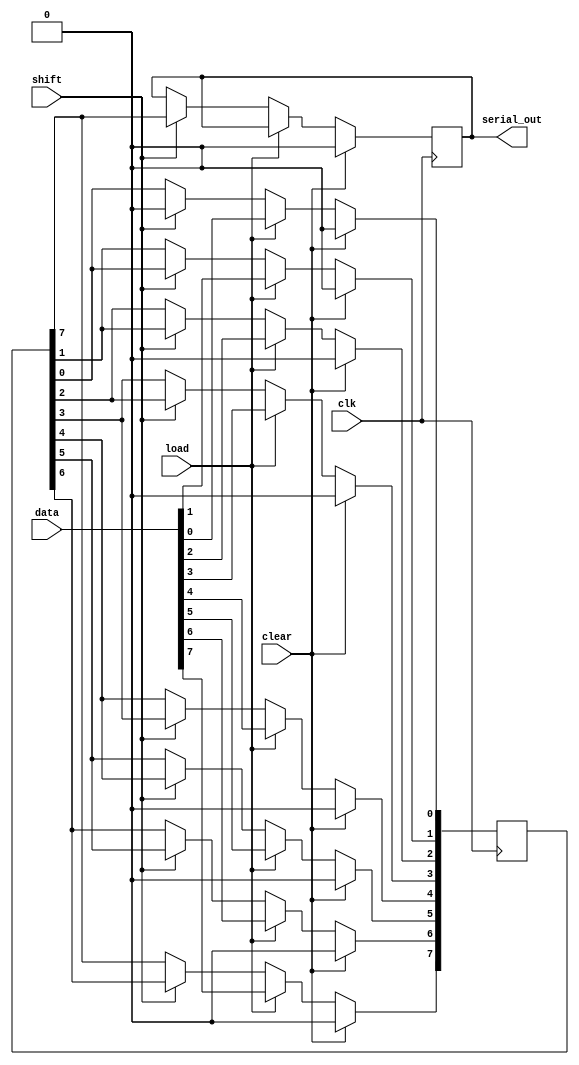
module PISO_Register #(
    parameter N = 8  // Number of bits in the register
)(
    input wire clk,          // Clock input
    input wire load,         // Load control signal
    input wire shift,        // Shift control signal
    input wire clear,        // Clear control signal
    input wire [N-1:0] data, // Parallel input data
    output reg serial_out     // Serial output
);

    reg [N-1:0] input_reg;   // Input register to hold parallel data
    reg [N-1:0] shift_reg;   // Shift register to hold data during shifting
    integer i;               // Loop variable

    // Sequential logic for loading, shifting, and clearing
    always @(posedge clk) begin
        if (clear) begin
            // Clear all registers
            input_reg <= 0;
            shift_reg <= 0;
            serial_out <= 0;
        end else if (load) begin
            // Load data into the input register
            input_reg <= data;
            shift_reg <= data; // Initialize shift register with input data
        end else if (shift) begin
            // Shift data from shift register to serial output
            serial_out <= shift_reg[N-1]; // Output the MSB (or LSB based on design)
            // Shift right
            for (i = N-1; i > 0; i = i - 1) begin
                shift_reg[i] <= shift_reg[i-1];
            end
            shift_reg[0] <= 0; // Optional: clear the LSB after shifting
        end
    end

endmodule